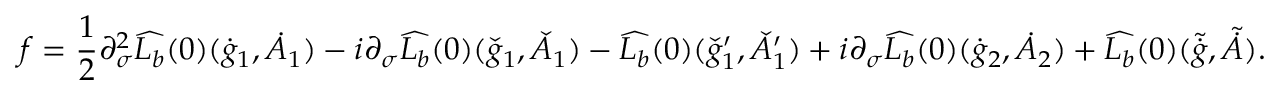
f = \frac { 1 } { 2 } \partial _ { \sigma } ^ { 2 } \widehat { L _ { b } } ( 0 ) ( \dot { g } _ { 1 } , \dot { A } _ { 1 } ) - i \partial _ { \sigma } \widehat { L _ { b } } ( 0 ) ( \check { g } _ { 1 } , \check { A } _ { 1 } ) - \widehat { L _ { b } } ( 0 ) ( \check { g } _ { 1 } ^ { \prime } , \check { A } _ { 1 } ^ { \prime } ) + i \partial _ { \sigma } \widehat { L _ { b } } ( 0 ) ( \dot { g } _ { 2 } , \dot { A } _ { 2 } ) + \widehat { L _ { b } } ( 0 ) ( \tilde { \dot { g } } , \tilde { \dot { A } } ) .